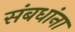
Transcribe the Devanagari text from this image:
संबधांना